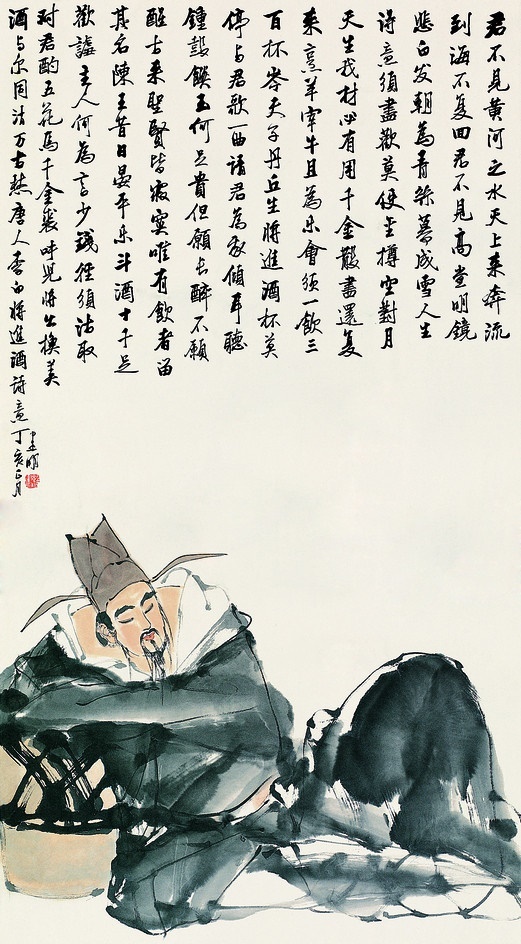
天生我材必有用，千金散尽还复来。